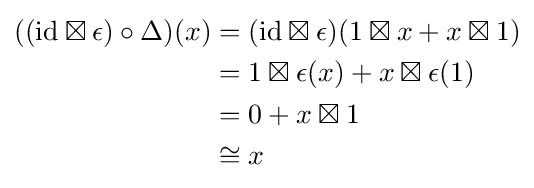
{\begin{aligned}((\mathrm {id} \boxtimes \epsilon )\circ \Delta )(x)&=(\mathrm {id} \boxtimes \epsilon )(1\boxtimes x+x\boxtimes 1)\\&=1\boxtimes \epsilon (x)+x\boxtimes \epsilon (1)\\&=0+x\boxtimes 1\\&\cong x\end{aligned}}